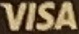
VISA